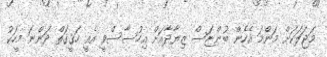
މަޖަލަކަށް މަންމަ އެހެން ބުންޏަސް ޒިޔާދާއަށް އިހުސާސްވީ އެއީ ހަޤީޤަތް ދަންނަ މީހަކު